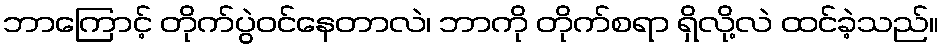
ဘာကြောင့် တိုက်ပွဲဝင်နေတာလဲ၊ ဘာကို တိုက်စရာ ရှိလို့လဲ ထင်ခဲ့သည်။